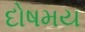
દોષમય